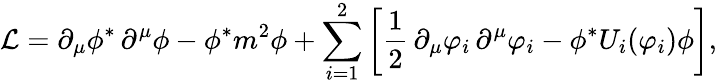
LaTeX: \mathcal{L}=\partial_{\mu}\phi^{*}\, \partial^{\mu}\phi-\phi^{*}m^{2}\phi+\sum_{i=1}^{2}\left[\frac{1}{2}\, \partial_{\mu}\varphi_{i}\, \partial^{\mu}\varphi_{i}-\phi^{*}U_{i}(\varphi_{i})\phi\right],